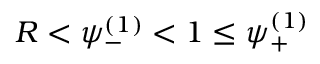
R < \psi _ { - } ^ { ( 1 ) } < 1 \leq \psi _ { + } ^ { ( 1 ) }